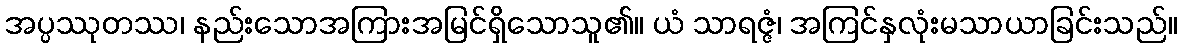
အပ္ပဿုတဿ၊ နည်းသောအကြားအမြင်ရှိသောသူ၏။ ယံ သာရဇ္ဇံ၊ အကြင်နှလုံးမသာယာခြင်းသည်။